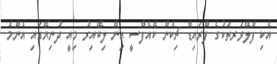
އެކި ފްލޭވަރތަކުގެ ފްރައިޑް ޗިކެން ކޭއެފްސީ އިން ލިބޭއިރު މިއީ ދުނިޔޭގައި އެންމެ